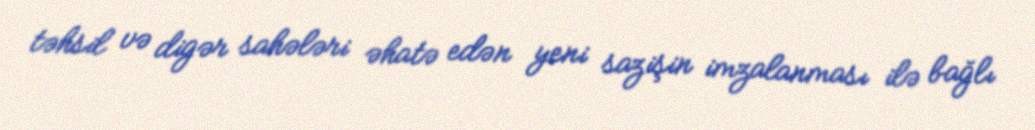
təhsil və digər sahələri əhatə edən yeni sazişin imzalanması ilə bağlı